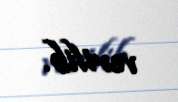
verilib.